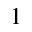
1